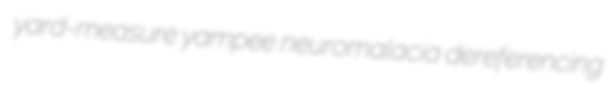
yard-measure yampee neuromalacia dereferencing